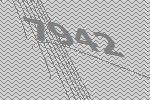
7942